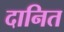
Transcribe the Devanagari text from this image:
दानित